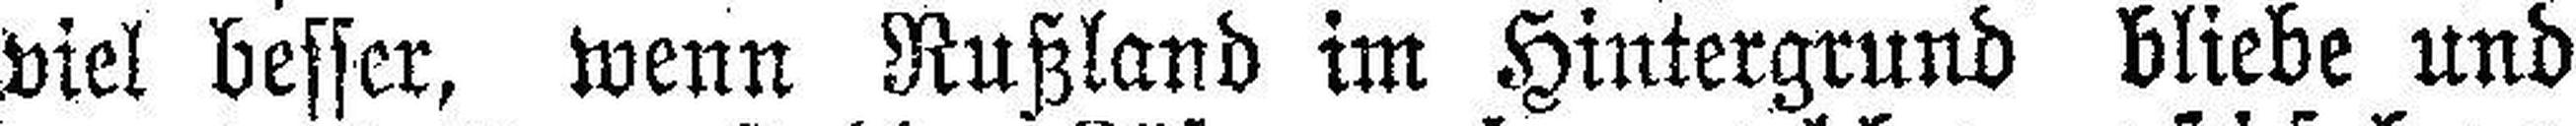
viel besser, wenn Rußland im Hintergrund bliebe und